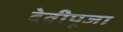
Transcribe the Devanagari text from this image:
देवीपूजा